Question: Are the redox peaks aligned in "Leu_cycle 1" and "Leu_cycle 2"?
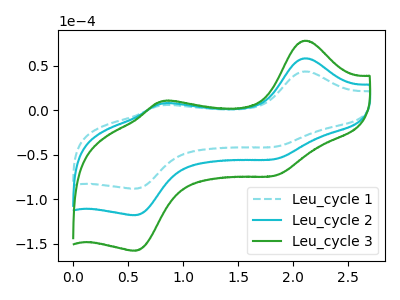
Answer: <think>The cyan dashed curve "Leu_cycle 1" has anodic peaks at (2.10V, 43.75uA) (0.80V, 5.75uA) and cathodic peaks at (1.85V, -40.90uA) (0.55V, -88.05uA). The cyan curve "Leu_cycle 2" has anodic peaks at (2.10V, 58.60uA) (0.80V, 7.70uA) and cathodic peaks at (1.85V, -54.75uA) (0.55V, -117.90uA). The green curve "Leu_cycle 3" has anodic peaks at (2.10V, 117.20uA) (0.80V, 15.40uA) and cathodic peaks at (1.85V, -109.55uA) (0.55V, -235.80uA).</think>
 <answer>Yes, "Leu_cycle 1" have a peak in "Leu_cycle 2" at the same potential.</answer>
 <eval>match</eval>